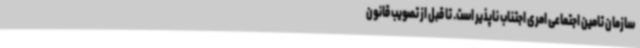
سازمان تامین اجتماعی امری اجتناب ناپذیر است. تا قبل از تصویب قانون